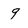
Character: 9